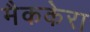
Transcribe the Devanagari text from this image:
मैककेरा